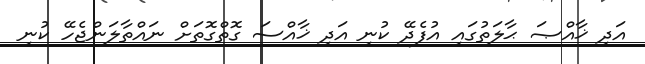
އަދި ޚާއްޞަ ޙާލަތުގައި އުފެދޭ ކުނި އަދި ޚާއްސަ ގޮތްގޮތަށް ނައްތާލަންޖެހޭ ކުނި